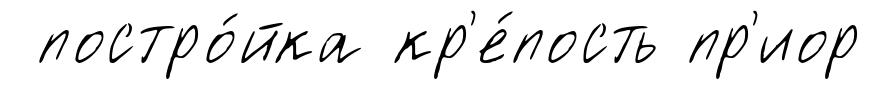
постро́йка кр'е́пость пр'иор